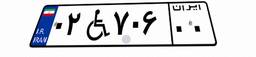
۰۲W۷۰۶۰۰